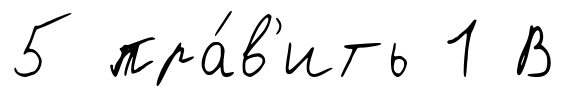
5 пра́в'ить 1 В